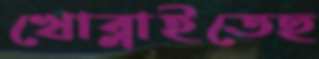
খোব্‌লাইতেছ